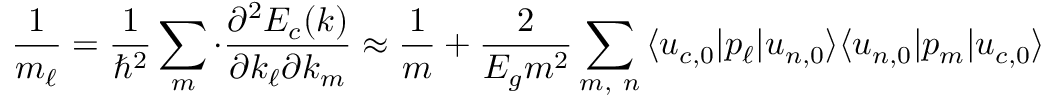
{ \frac { 1 } { { m } _ { \ell } } } = { \frac { 1 } { \hbar ^ { 2 } } } \sum _ { m } \cdot { \frac { \partial ^ { 2 } E _ { c } ( { \boldsymbol { k } } ) } { \partial k _ { \ell } \partial k _ { m } } } \approx { \frac { 1 } { m } } + { \frac { 2 } { E _ { g } m ^ { 2 } } } \sum _ { m , \ n } { \langle u _ { c , 0 } | p _ { \ell } | u _ { n , 0 } \rangle } { \langle u _ { n , 0 } | p _ { m } | u _ { c , 0 } \rangle }